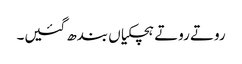
روتے روتے ہچکیاں بندھ گئیں۔